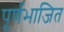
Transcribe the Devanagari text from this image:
पूर्णभाजित